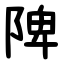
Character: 陴